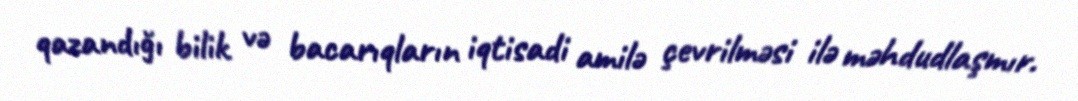
qazandığı bilik və bacarıqların iqtisadi amilə çevrilməsi ilə məhdudlaşmır.